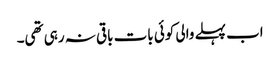
اب پہلے والی کوئی بات باقی نہ رہی تھی۔